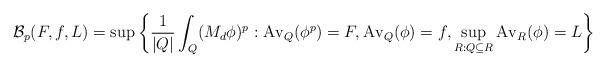
LaTeX: \begin{align*}\mathcal{B}_{p}(F,f,L)=\sup\left\{ \dfrac{1}{\left\vert Q\right\vert }\int_{Q}(M_{d}\phi)^{p}:\operatorname{Av}_{Q}(\phi^{p})=F,\operatorname{Av}_{Q}(\phi)=f,\sup\limits_{R:Q\subseteq R}\operatorname{Av}_{R}(\phi)=L\right\} \end{align*}